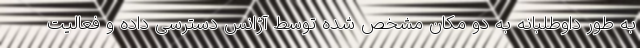
به طور داوطلبانه به دو مکان مشخص شده توسط آژانس دسترسی داده و فعالیت